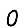
Digit: 0